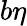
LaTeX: b\eta